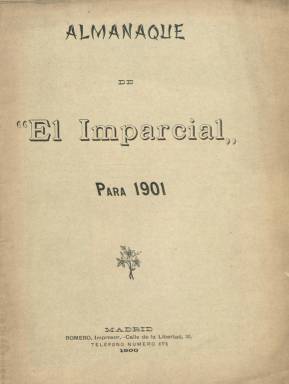
Título: Almanaque de "El Imparcial" para ...
Colección: Almanaques
Ámbito geográfico: Madrid
Lugar de publicación: Madrid
Fechas: 01/01/1901-31/12/1901

La colección de la Biblioteca Nacional de España (BNE) sólo dispone de las primeras tres decenas de páginas de este almanaque del diario madrileño El Imparcial (1867-1933) para el año 1901, por lo que se trata de un volumen incompleto. Este tipo de publicaciones anuales se generalizaron sobre todo durante el último tercio del siglo XIX editadas por periódicos y revistas, en las que junto a la estampación de los meses del calendario, con indicación del santoral de cada día y otros datos de tipo astronómico o cronológico, se insertaban sobre todo textos de creación literaria o de divulgación.

En el caso de este calendario de El Imparcial, sabemos por la reseña que publica la revista Alrededor del mundo (10 en. 1901) que el mismo insertó más de trescientos grabados, entre dibujos, chistes gráficos y especialmente fotograbados, señalando que “es una verdadero tour de force de organización, de literatura y de ciencia”.

Su primer artículo –Ahí te quedas siglo amargo- lo firma Mariano de Cavia; le sigue una semblanza del ilustre cirujano Federico Rubio (con fotografía), firmada por Santiago Ramón y Cajal (1852-1934), y otra semblanza de este ilustre científico (con una foto en su laboratorio), firmada por el citado Federico Rubio y Galí (1827-1902); un artículo sobre la evolución en el vestido, de Eusebio Blasco; una historieta (fotonovela), de Asenjo; el cuento El Tiempo, de Emilia Pardo Bazán, y una crónica sobre la antigua Sudáfrica, acompañada con numerosos fotograbados, firmada por Vicente Vera.

Entre otros autores y textos que son publicados por el almanaque se pueden citar los de un reportaje sobre China, firmado por Juan de Pekín; otro sobre el siglo veinte, por Luis Taboada; sobre la medicina española del XIX, por José Verdes Montenegro; o sobre tauromaquia, por A. Rodríguez Chaves; un cuento, de Antonio de Balbuena; otros textos de Manuel de Palacio, José de Echegaray, Eugenio Selles o F. Navarro Ledesma, y el soneto La rima, de Miguel de Unamuno.

La cubierta de este almanaque –que no se encuentra tampoco en el ejemplar de la BNE– está estampada en color, pintada por Blanco Doris y grabada por Milán. Está impreso en los talleres de Romero.